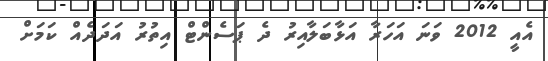
އެއީ 2012 ވަނަ އަހަރާ އަޅާބަލާއިރު ދެ ޕަސެންޓް އިތުރު އަދަދެއް ކަމަށް